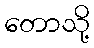
တောသို့